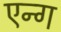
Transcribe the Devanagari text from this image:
एन्ग